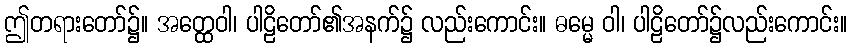
ဤတရားတော်၌။ အတ္ထေဝါ၊ ပါဠိတော်၏အနက်၌ လည်းကောင်း။ ဓမ္မေ ဝါ၊ ပါဠိတော်၌လည်းကောင်း။